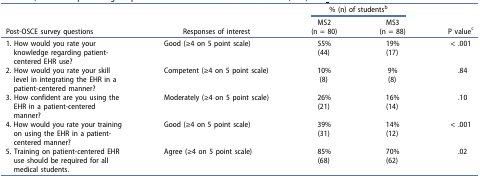
|  |  | <COLSPAN=2> % (n) of studentsb |  |
 | Post-OSCE survey questions | Responses of interest | MS2(n = 80) | MS3(n = 88) | P valuec |
 | --- | --- | --- | --- | --- |
 | 1. How would you rate your knowledge regarding patient-centered EHR use? | Good (≥4 on 5 point scale) | 55%(44) | 19%(17) | < .001 |
 | 2. How would you rate your skill level in integrating the EHR in a patient-centered manner? | Competent (≥4 on 5 point scale) | 10%(8) | 9%(8) | .84 |
 | 3. How confident are you using the EHR in a patient-centered manner? | Moderately (≥4 on 5 point scale) | 26%(21) | 16%(14) | .10 |
 | 4. How would you rate your training on using the EHR in a patient-centered manner? | Good (≥4 on 5 point scale) | 39%(31) | 14%(12) | < .001 |
 | 5. Training on patient-centered EHR use should be required for all medical students. | Agree (≥4 on 5 point scale) | 85%(68) | 70%(62) | .02 |